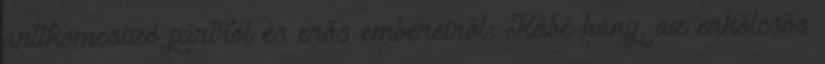
antikomcsizó pártról és erős embereiről: Kábé hány, az erkölcsös